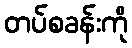
တပ်စခန်းကို